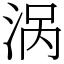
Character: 涡